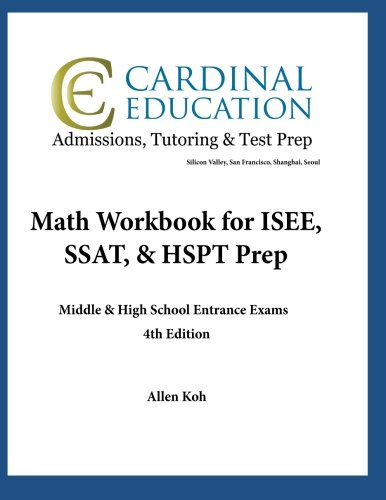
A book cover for Math Workbook for ISEE, SSAT, & HSPT Prep: Middle & High School Entrance Exams; Allen Koh; Test Preparation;